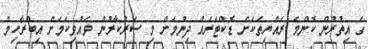
ގެ އިތުރުން ކޮންމެ ރައްޔިތަކަށް ޑޮކްޓަރެއް ދިނުމަށް މި ސަރުކާރުން ވައުވިކަމަށް އިބްރާހިމް